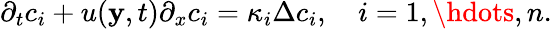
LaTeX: \begin{array}{r}{\partial_{t}c_{i}+u(\mathbf{y},t)\partial_{x}c_{i}=\kappa_{i}\Delta c_{i},\quad i=1,\hdots,n.}\end{array}